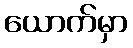
ယောက်မှာ